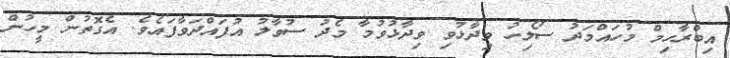
އިބްރާހިމް މުހައްމަދު ސޯލިހު ވިދާޅުވި ވިދާޅުވުމާ މެދު ސުވާލު އުފައްދަވާފައެވެ. އެގޮތުން މީހުން